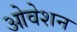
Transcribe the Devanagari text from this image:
ओवेशन